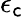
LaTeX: \epsilon_{\mathsf{c}}